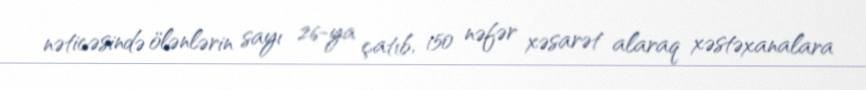
nəticəsində ölənlərin sayı 26-ya çatıb, 150 nəfər xəsarət alaraq xəstəxanalara